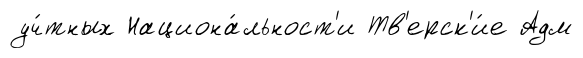
уч́тных Национа́льност'и Тв'ерск'и́е Адм